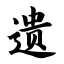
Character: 遗